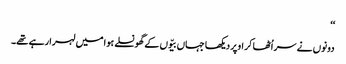
‘‘
دونوں نے سر اُٹھا کر اوپر دیکھا جہاں بیّوں کے گھونسلے ہوا میں لہرا رہے تھے۔